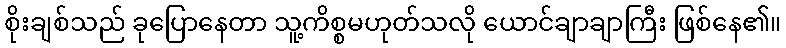
စိုးချစ်သည် ခုပြောနေတာ သူ့ကိစ္စမဟုတ်သလို ယောင်ချာချာကြီး ဖြစ်နေ၏။